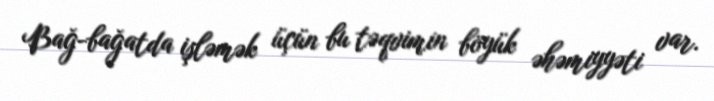
Bağ-bağatda işləmək üçün bu təqvimin böyük əhəmiyyəti var.